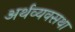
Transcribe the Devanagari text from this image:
अर्थव्यवसथा